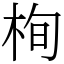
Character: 栒